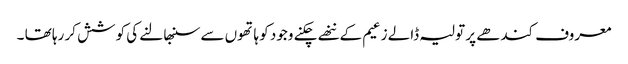
معروف کندھے پر تولیہ ڈالے زعیم کے ننھے چکنے وجود کو ہاتھوں سے سنبھالنے کی کوشش کر رہا تھا ۔